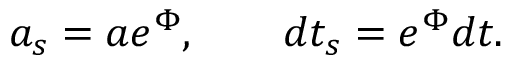
a _ { s } = a e ^ { \Phi } , \qquad d t _ { s } = e ^ { \Phi } d t .